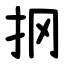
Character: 㧏